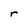
Character: r